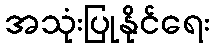
အသုံးပြုနိုင်ရေး